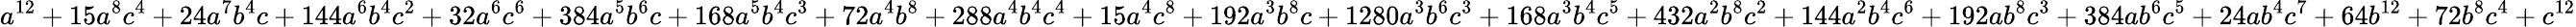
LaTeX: a^{12}+15a^{8}c^{4}+24a^{7}b^{4}c+144a^{6}b^{4}c^{2}+32a^{6}c^{6}+384a^{5}b^{6}c+168a^{5}b^{4}c^{3}+72a^{4}b^{8}+288a^{4}b^{4}c^{4}+15a^{4}c^{8}+192a^{3}b^{8}c+1280a^{3}b^{6}c^{3}+168a^{3}b^{4}c^{5}+432a^{2}b^{8}c^{2}+144a^{2}b^{4}c^{6}+192ab^{8}c^{3}+384ab^{6}c^{5}+24ab^{4}c^{7}+64b^{12}+72b^{8}c^{4}+c^{12}